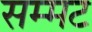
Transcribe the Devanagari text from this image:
सम्मट